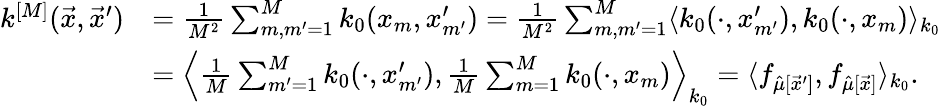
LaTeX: \begin{array}{rl}{k^{[M]}(\vec{x},\vec{x}^{\prime})}&{=\frac{1}{M^{2}}\sum_{m,m^{\prime}=1}^{M}k_{0}(x_{m},x_{m^{\prime}}^{\prime})=\frac{1}{M^{2}}\sum_{m,m^{\prime}=1}^{M}\langle k_{0}(\cdot,x_{m^{\prime}}^{\prime}),k_{0}(\cdot,x_{m})\rangle_{k_{0}}}\\ &{=\left\langle\frac{1}{M}\sum_{m^{\prime}=1}^{M}k_{0}(\cdot,x_{m^{\prime}}^{\prime}),\frac{1}{M}\sum_{m=1}^{M}k_{0}(\cdot,x_{m})\right\rangle_{k_{0}}=\langle f_{\hat{\mu}[\vec{x}^{\prime}]},f_{\hat{\mu}[\vec{x}]}\rangle_{k_{0}}.}\end{array}